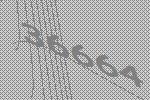
36664